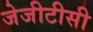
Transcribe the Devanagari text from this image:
जेजीटीसी